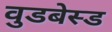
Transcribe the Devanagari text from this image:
वुडबेस्ड